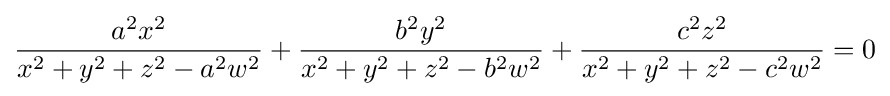
{\frac {a^{2}x^{2}}{x^{2}+y^{2}+z^{2}-a^{2}w^{2}}}+{\frac {b^{2}y^{2}}{x^{2}+y^{2}+z^{2}-b^{2}w^{2}}}+{\frac {c^{2}z^{2}}{x^{2}+y^{2}+z^{2}-c^{2}w^{2}}}=0